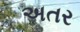
અતર